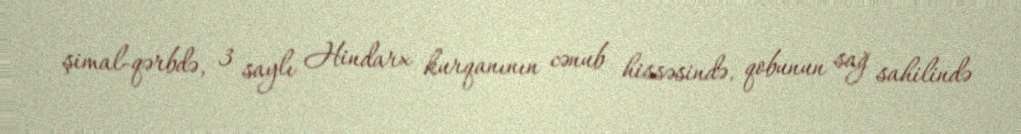
şimal-qərbdə, 3 saylı Hindarx kurqanının cənub hissəsində, qobunun sağ sahilində